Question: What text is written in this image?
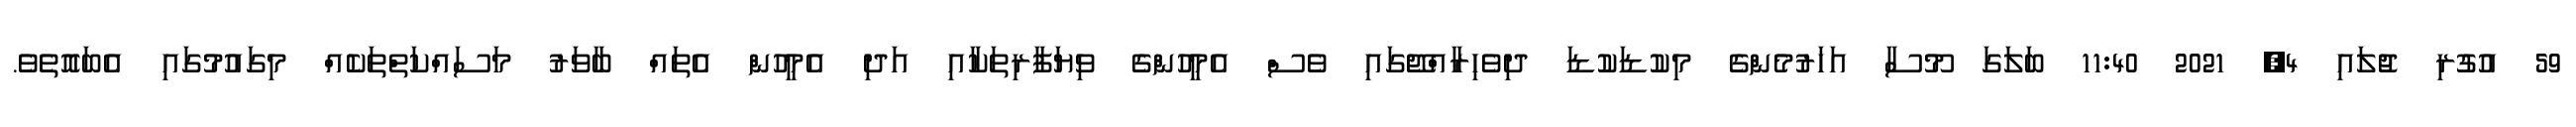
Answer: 59 އުގުރި ޖުލައި 4, 2021 11:40 ބަލަގަ މޫސާ އަހަރުމެންގެ މިކުޑަކުޑަ ދިވެހިރާއްޖޭގައި ވެސް އެމީހުންގެ ވިޔަފާރިތަކާއި އަދި އެމީހުން އެތައް ބާވަރު މަސައްކަތްތަކެއް މިގައުމުގައި އެބައޮތެވެ.